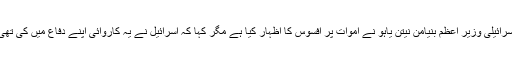
اسرائیلی وزیر اعظم بنیامن نیتن یاہو نے اموات پر افسوس کا اظہار کیا ہے مگر کہا کہ اسرائیل نے یہ کاروائی اپنے دفاع میں کی تھی۔